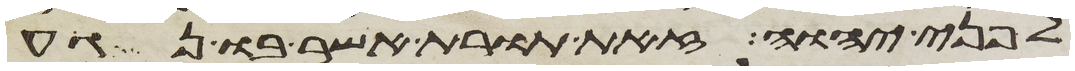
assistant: לפני יהוה זאת תורת אשר בו נגע